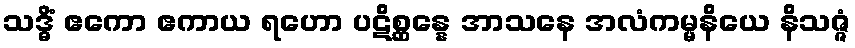
သဒ္ဓိံ ဧကော ဧကာယ ရဟော ပဋိစ္ဆန္နေ အာသနေ အလံကမ္မနိယေ နိသဇ္ဇံ